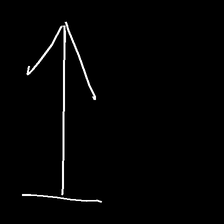
Glyph: levitation